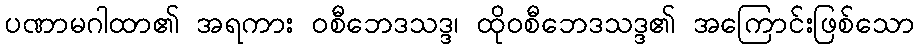
ပဏာမဂါထာ၏ အရကား ဝစီဘေဒသဒ္ဒ၊ ထိုဝစီဘေဒသဒ္ဒ၏ အကြောင်းဖြစ်သော